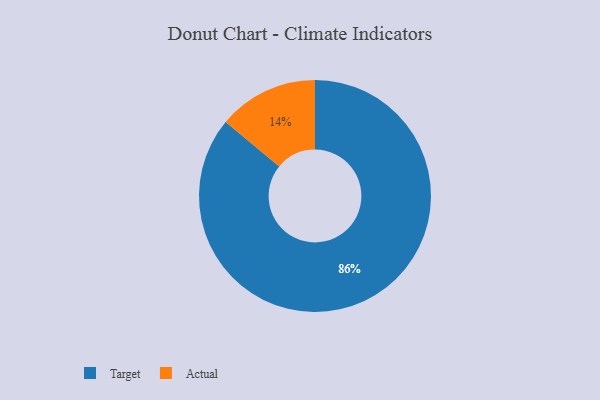
{"axis": {"x": "Category", "y": "Percentage"}, "legend": ["Actual", "Target"], "data": [{"x": "Actual", "y": 14, "type": "Actual"}, {"x": "Target", "y": 86, "type": "Target"}]}